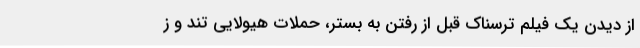
از دیدن یک فیلم ترسناک قبل از رفتن به بستر، حملات هیولایی تند و ز